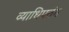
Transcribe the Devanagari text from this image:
व्याधिपतंग